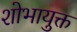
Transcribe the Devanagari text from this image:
शोभायुक्त